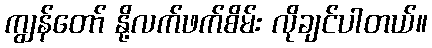
ကျွန်တော် နို့လက်ဖက်စိမ်း လိုချင်ပါတယ်။